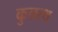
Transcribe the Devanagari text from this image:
कुलत्थ